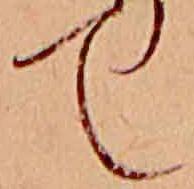
て